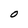
Character: O